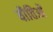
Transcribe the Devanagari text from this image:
यौतिओं